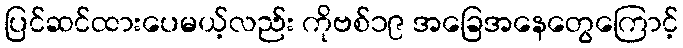
ပြင်ဆင်ထားပေမယ့်လည်း ကိုဗစ်၁၉ အခြေအနေတွေကြောင့်